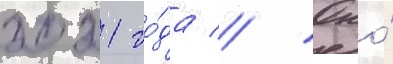
2021 го́да // Оно́